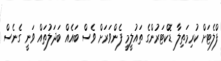
ފްލެޓަށް ކުރިމަތިލާ ޑޮކްޓަރުންގެ ތައުލީމީ ފެންވަރަށް ވެސް ބައެއް ބަދަލުތައް ވަނީ ގެނެސް